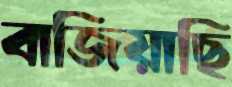
বাজিয়াছি